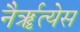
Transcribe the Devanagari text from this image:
नैर्ॠत्येस